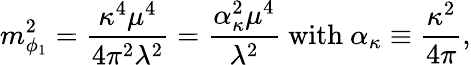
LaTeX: m_{\phi_{1}}^{2}=\frac{\kappa^{4}\mu^{4}}{4\pi^{2}\lambda^{2}}=\frac{\alpha_{\kappa}^{2}\mu^{4}}{\lambda^{2}}~\mathrm{with}~\alpha_{\kappa}\equiv\frac{\kappa^{2}}{4\pi},